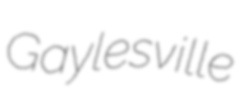
Gaylesville